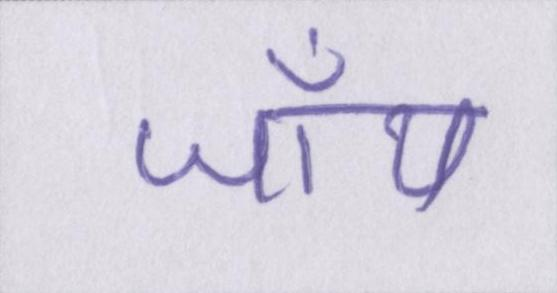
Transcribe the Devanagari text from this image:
जॉय